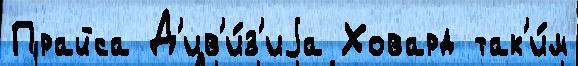
Прайса Д'ив'и́з'иjа Ховард так'и́м